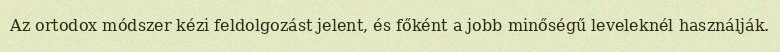
Az ortodox módszer kézi feldolgozást jelent, és főként a jobb minőségű leveleknél használják.